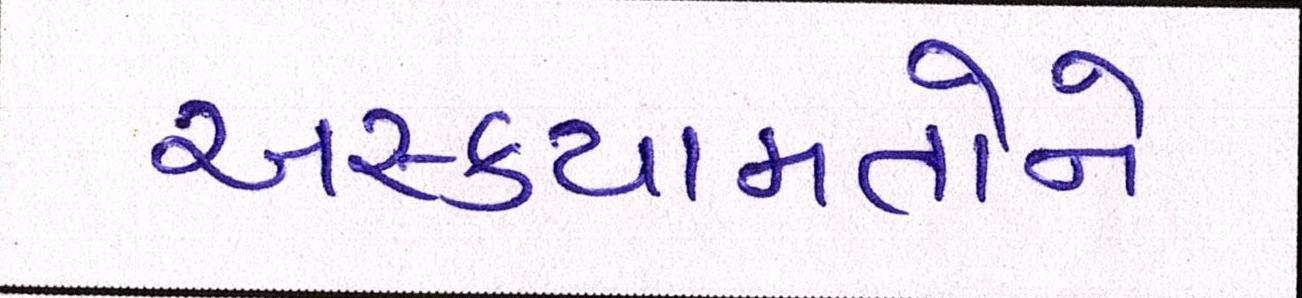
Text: અસ્કયામતોને